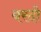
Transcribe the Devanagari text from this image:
वरदी